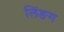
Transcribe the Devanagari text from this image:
लिंङग